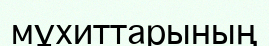
мұхиттарының